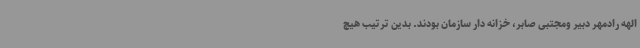
الهه رادمهر دبیر ومجتبی صابر، خزانه دار سازمان بودند. بدین ترتیب هیچ